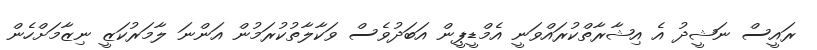
ރައީސް ނަޝީދު އެ އިޝާރާތްކުރައްވަނީ އެމްޑީޕީން އަބަދުވެސް ވަކާލާތުކުރަމުން އަންނަ ލާމަރުކަޒީ ނިޒާމަށްހެން